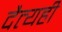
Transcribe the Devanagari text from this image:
दैत्यही